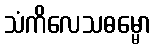
သံကိလေသဓမ္မော